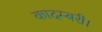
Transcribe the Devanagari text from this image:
कादम्बरी।